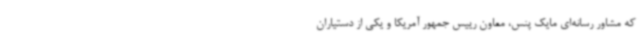
که مشاور رسانه‌ای مایک پنس، معاون رییس جمهور آمریکا و یکی از دستیاران